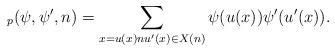
LaTeX: \begin{align*}_p(\psi, \psi', n) = \sum_{x = u(x) n u'(x) \in X(n)} \psi(u(x)) \psi'(u'(x)).\end{align*}